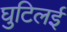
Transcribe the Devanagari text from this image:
घुटिलई